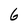
Character: 6